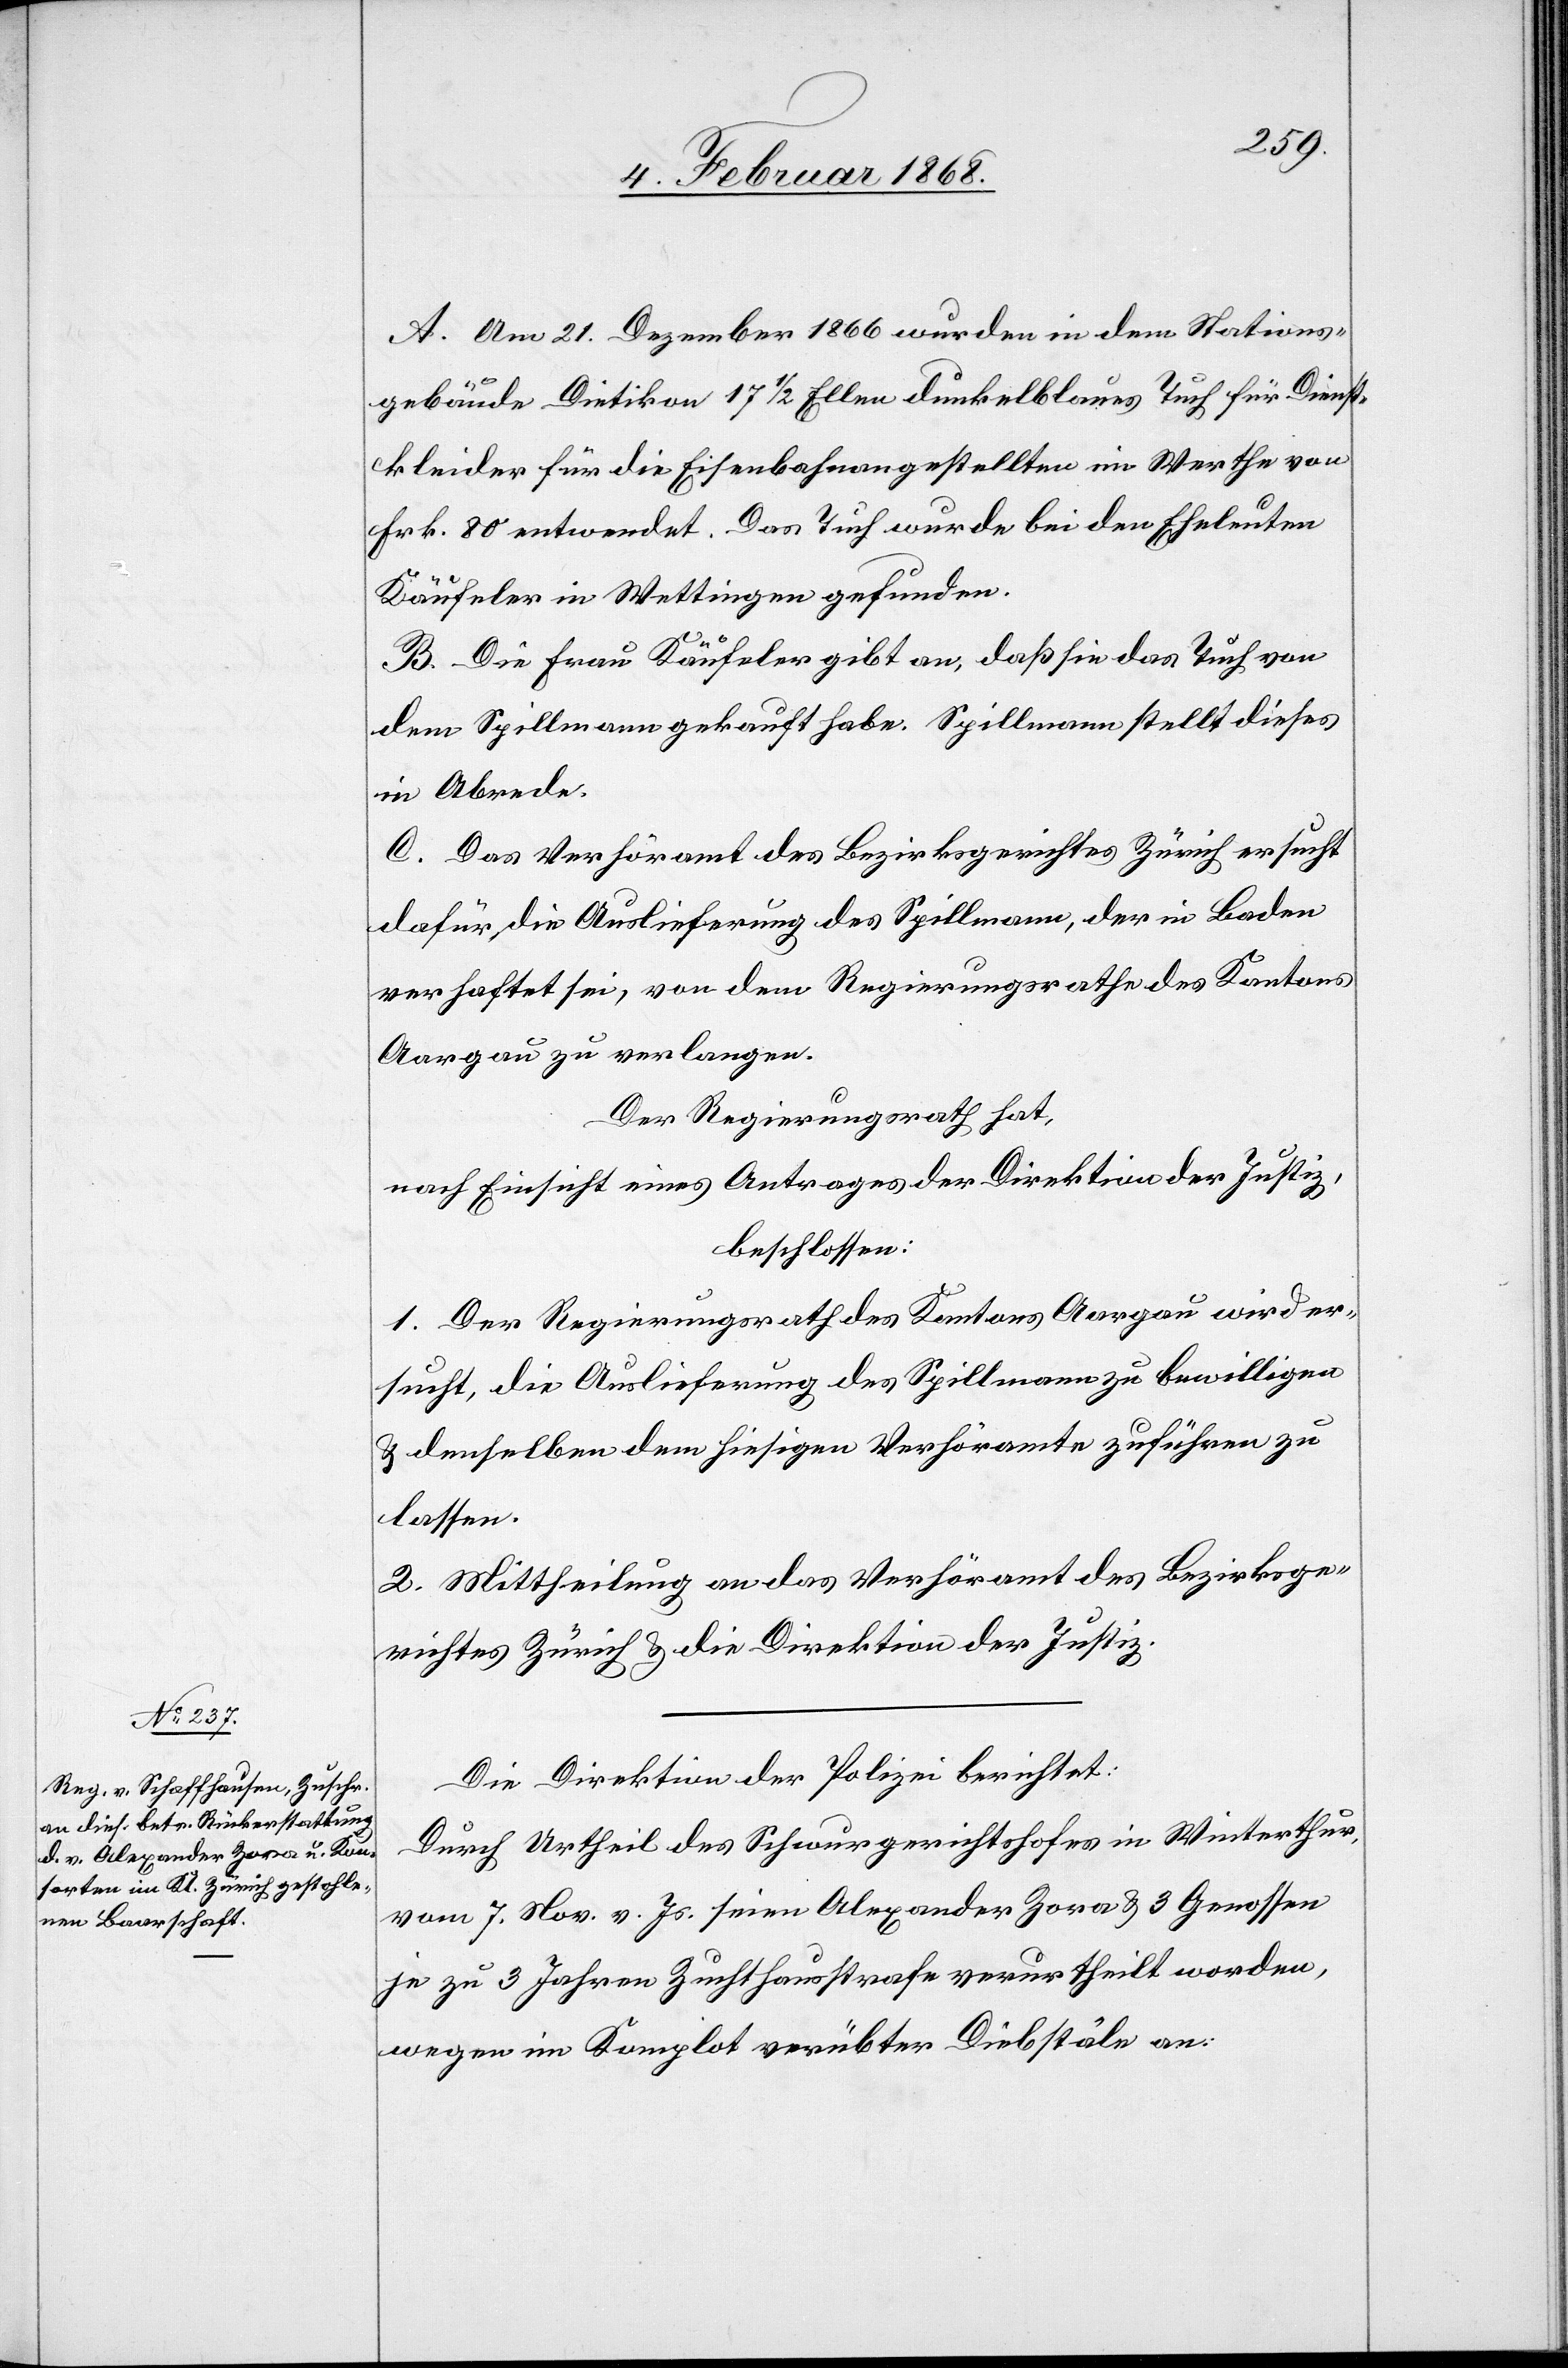
A. Am 21. Dezember 1866 wurden in dem Stations¬
gebäude Dietikon 17 1/2 Ellen dunkelblaues Tuch für Dienst¬
kleider für die Eisenbahnangestellten im Werthe von
Frk. 80 entwendet. Das Tuch wurde bei den Eheleuten
Käufeler in Wettingen gefunden.
B. Die Frau Käufeler gibt an, daß sie das Tuch von
dem Spillmann gekauft habe. Spillmann stellt dieses
in Abrede.
C. Das Verhöramt des Bezirksgerichtes Zürich ersucht
dafür, die Auslieferung des Spillmann, der in Baden
verhaftet sei, von dem Regierungsrathe des Kantons
Aargau zu verlangen.
Der Regierungsrath hat,
nach Einsicht eines Antrages der Direktion der Justiz,
beschlossen:
1. Der Regierungsrath des Kantons Aargau wird er¬
sucht, die Auslieferung des Spillmann zu bewilligen
& denselben dem hiesigen Verhöramte zuführen zu
lassen.
2. Mittheilung an das Verhöramt des Bezirksge¬
richtes Zürich & die Direktion der Justiz.
Die Direktion der Polizei berichtet:
Durch Urtheil des Schwurgerichtshofes in Winterthur,
vom 7. Nov. v. Js. seien Alexander Zora & 3 Genossen
je zu 3 Jahren Zuchthausstrafe verurtheilt worden,
wegen im Komplot verübter Diebstäle an: